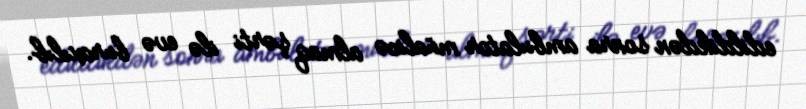
edildikdən sonra ambulator müalicə almaq şərti ilə evə buraxılıb.